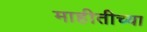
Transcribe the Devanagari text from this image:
माहीतीच्या